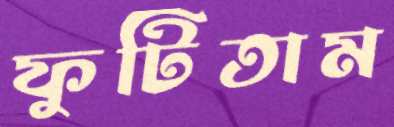
ফুটিতাম